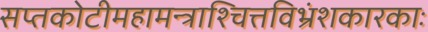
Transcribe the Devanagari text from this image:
सप्तकोटीमहामन्त्राश्चित्तविभ्रंशकारकाः